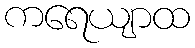
ကရေယျာထ